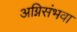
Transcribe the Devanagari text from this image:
अग्निसंभवा